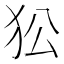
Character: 𤝅